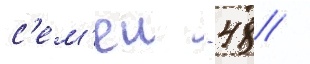
с'ем'еи - 48 /